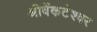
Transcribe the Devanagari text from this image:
श्रीवेंकटेश्वर